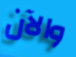
والآن